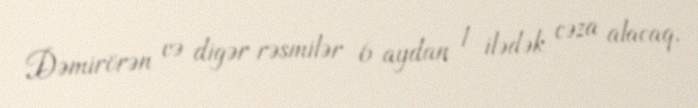
Dəmirörən və digər rəsmilər 6 aydan 1 ilədək cəza alacaq.